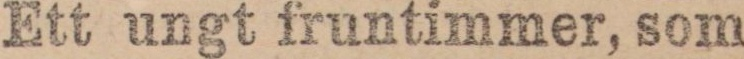
Ett ungt fruntimmer, som